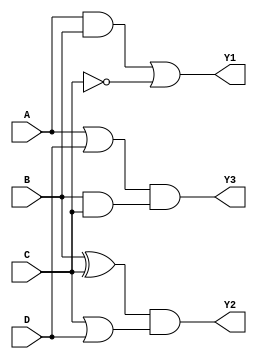
module combinational_logic_blocks (
    input wire A,
    input wire B,
    input wire C,
    input wire D,
    output wire Y1,  // Output for Group 1
    output wire Y2,  // Output for Group 2
    output wire Y3   // Output for Group 3
);

// Group 1: Logic Operation (A AND B) OR (NOT C)
assign Y1 = (A & B) | ~C;

// Group 2: Logic Operation (B XOR C) AND (C OR D)
assign Y2 = (B ^ C) & (C | D);

// Group 3: Logic Operation (A OR D) AND (B AND C)
assign Y3 = (A | D) & (B & C);

endmodule